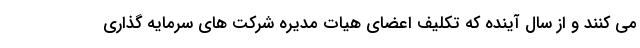
می کنند و از سال آینده که تکلیف اعضای هیات مدیره شرکت های سرمایه گذاری